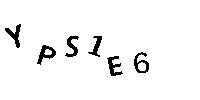
YPS1E6